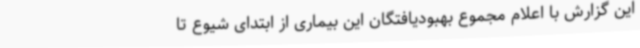
این گزارش با اعلام مجموع بهبودیافتگان این بیماری از ابتدای شیوع تا